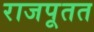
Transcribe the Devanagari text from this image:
राजपूतत